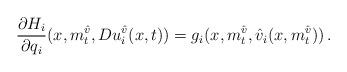
LaTeX: \begin{align*}\dfrac{\partial H_{i}}{\partial q_{i}}(x,m^{\hat v}_{t},Du^{\hat v}_{i}(x,t))&=g_{i}(x,m^{\hat v}_{t},\hat{v}_{i}(x,m^{\hat v}_{t})) \, .\end{align*}